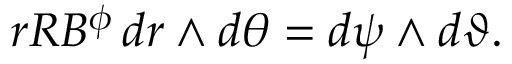
r R B ^ { \phi } \, d r \wedge d \theta = d \psi \wedge d \vartheta .